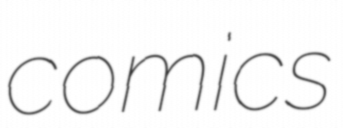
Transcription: comics